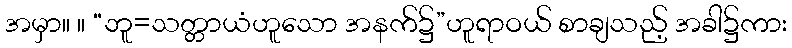
အမှာ။ ။ “ဘူ=သတ္တာယံဟူသော အနက်၌”ဟူရာဝယ် စာချသည့် အခါ၌ကား